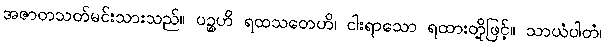
အဇာတသတ်မင်းသားသည်။ ပဉ္စဟိ ရထသတေဟိ၊ ငါးရာသော ရထားတို့ဖြင့်။ သာယံပါတံ၊